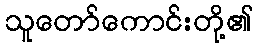
သူတော်ကောင်းတို့၏